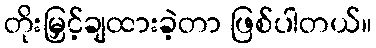
တိုးမြှင့်ချထားခဲ့တာ ဖြစ်ပါတယ်။